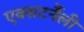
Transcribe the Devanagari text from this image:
एक्सटर्नैली